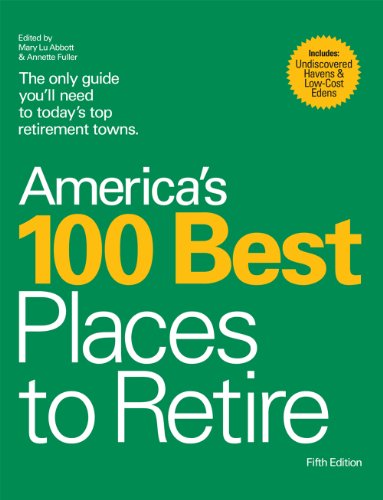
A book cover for America's 100 Best Places to Retire; Mary Lu Abbott; Business & Money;